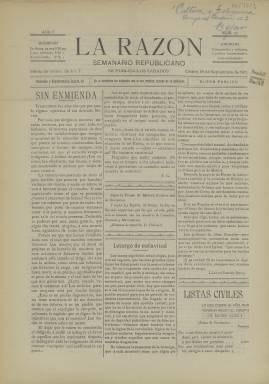
Título: La Razón (Osuna)
Colección: Periódicos
Ámbito geográfico: Sevilla
Lugar de publicación: Osuna [Sevilla]
Fechas: 16/09/1911-16/09/1911